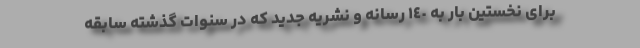
برای نخستین بار به ١٤٠ رسانه و نشریه جدید که در سنوات گذشته سابقه